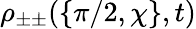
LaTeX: \rho_{\pm\pm}(\{ \pi/2,\chi\} ,t)